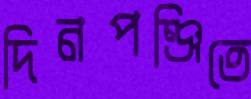
দিনপঞ্জিতে